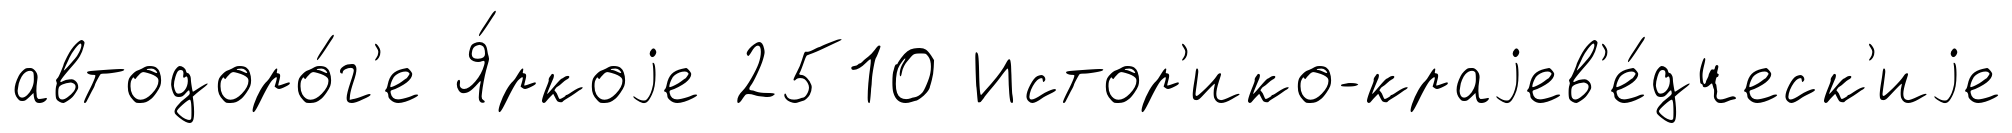
автодоро́г'е Я́ркоjе 2510 Истор'ико-краjев'е́дческ'иjе